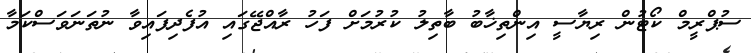
ސުޕްރީމް ކޯޓުން ރިޔާސީ އިންތިޚާބު ބާތިލު ކުރުމަށް ފަހު ރާއްޖޭގައި އުފެދިފައިވާ ނުތަނަވަސްކަމާ